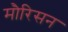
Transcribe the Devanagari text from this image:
मौरिसन